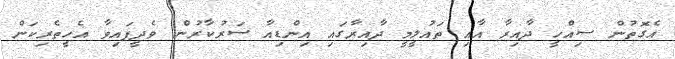
އެގޮތުން ސިއްހީ ދާއިރާ އާއި ތައުލީމީ ދާއިރާގައި އިންޑިއާ ސަރުކާރުން ވެދީފައިވާ އެހީތެރިކަން